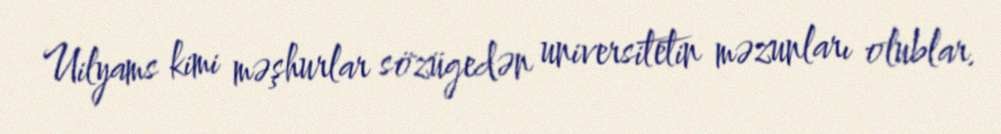
Uilyams kimi məşhurlar sözügedən universitetin məzunları olublar.